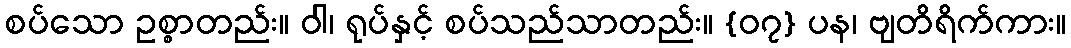
စပ်သော ဥစ္စာတည်း။ ဝါ၊ ရုပ်နှင့် စပ်သည်သာတည်း။ {၀၇} ပန၊ ဗျတိရိက်ကား။